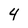
Character: 4